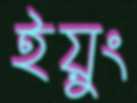
ইয়ুং